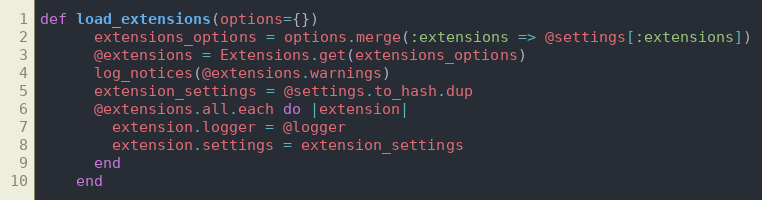
Language: Ruby
def load_extensions(options={})
      extensions_options = options.merge(:extensions => @settings[:extensions])
      @extensions = Extensions.get(extensions_options)
      log_notices(@extensions.warnings)
      extension_settings = @settings.to_hash.dup
      @extensions.all.each do |extension|
        extension.logger = @logger
        extension.settings = extension_settings
      end
    end